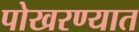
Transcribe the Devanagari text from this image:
पोखरण्यात